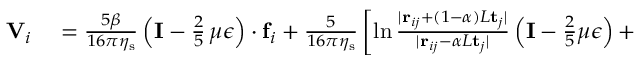
\begin{array} { r l } { \mathbf { V } _ { i } } & { { } = \frac { 5 \beta } { 1 6 \pi \eta _ { \mathrm { s } } } \left( \mathbf { I } - \frac { 2 } { 5 } \, \mu \boldsymbol { \epsilon } \right) \cdot \mathbf { f } _ { i } + \frac { 5 } { 1 6 \pi \eta _ { \mathrm { s } } } \left[ \ln \frac { | \mathbf { r } _ { i j } + ( 1 - \alpha ) L \mathbf { t } _ { j } | } { | \mathbf { r } _ { i j } - \alpha L \mathbf { t } _ { j } | } \left( \mathbf { I } - \frac { 2 } { 5 } \mu \boldsymbol { \epsilon } \right) + \right. } \end{array}